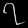
Digit: ၇